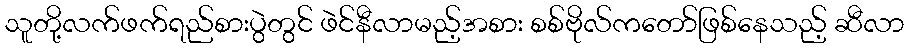
သူတို့လက်ဖက်ရည်စားပွဲတွင် ဖဲင်နီလာမည့်အစား စစ်ဗိုလ်ကတော်ဖြစ်နေသည့် ဆီလာ